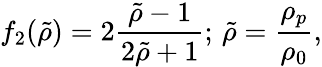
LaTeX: f_{2}(\tilde{\rho})=2\frac{\tilde{\rho}-1}{2\tilde{\rho}+1};\, \tilde{\rho}=\frac{\rho_{p}}{\rho_{0}},